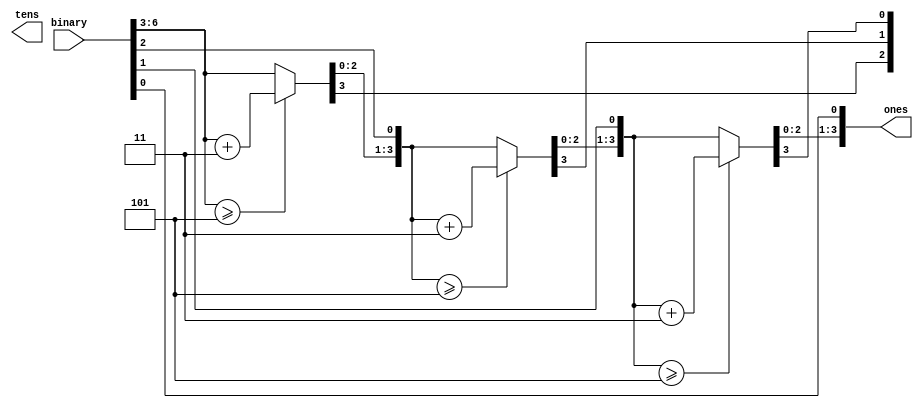
module BCD7(
  input       [6:0] binary,     // Input binary(0~99).
  output reg  [3:0] ones, tens  // Output two digits(ones and tens).
);

integer i;
always @(binary) begin
  ones = 4'd0;
  tens = 4'd0;

  for (i = 7; i >= 0; i = i -1) begin
    // Add 3 to columns >= 5
    if(tens >= 5)
      tens = tens + 3;
    if(ones >= 5)
      ones = ones + 3;

    // Shift left one
    tens = tens << 1;
    tens[0] = ones[3];
    ones = ones << 1;
    ones[0] = binary[i];
  end
end

endmodule